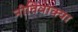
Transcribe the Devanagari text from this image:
नीतिवाक्या